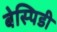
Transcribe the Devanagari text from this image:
बेस्पिडी